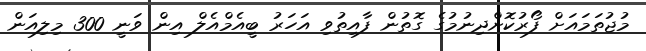
މުޖުތަމައަށް ފޯރުކޮށްދިނުމުގެ ގޮތުން ފާއިތުވި އަހަރު ބީއެމްއެލް އިން ވަނީ 300 މިލިއަން